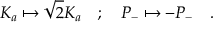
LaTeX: K _ { a } \mapsto \sqrt { 2 } K _ { a } \quad ; \quad P _ { - } \mapsto - P _ { - } \quad .